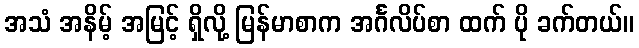
အသံ အနိမ့် အမြင့် ရှိလို့ မြန်မာစာက အင်္ဂလိပ်စာ ထက် ပို ခက်တယ်။